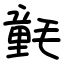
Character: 氃